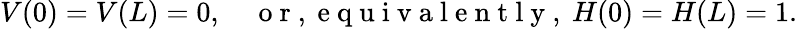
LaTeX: V(0)=V(L)=0,\quad\mathrm{~o~r~,~e~q~u~i~v~a~l~e~n~t~l~y~,~}H(0)=H(L)=1.